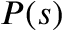
P ( s )